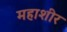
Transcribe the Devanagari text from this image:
महाशीर